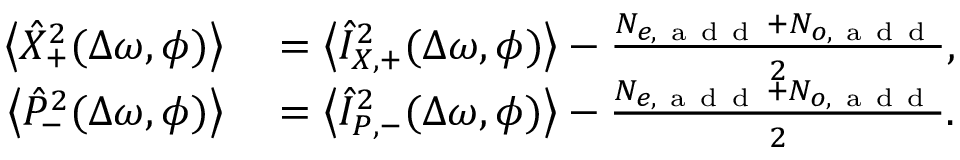
\begin{array} { r l } { \left< { \hat { X } _ { + } ^ { 2 } } ( \Delta \omega , \phi ) \right> } & { { } = \left< { \hat { I } _ { X , + } ^ { 2 } } ( \Delta \omega , \phi ) \right> - \frac { N _ { e , \mathrm { ~ a ~ d ~ d ~ } } + N _ { o , \mathrm { ~ a ~ d ~ d ~ } } } { 2 } , } \\ { \left< { \hat { P } _ { - } ^ { 2 } } ( \Delta \omega , \phi ) \right> } & { { } = \left< { \hat { I } _ { P , - } ^ { 2 } } ( \Delta \omega , \phi ) \right> - \frac { N _ { e , \mathrm { ~ a ~ d ~ d ~ } } + N _ { o , \mathrm { ~ a ~ d ~ d ~ } } } { 2 } . } \end{array}